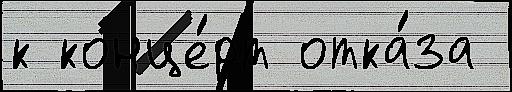
к конце́рт отка́за